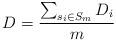
LaTeX: \begin{align*}D=\frac{\sum_{s_i\in S_m}D_i} {m}\end{align*}